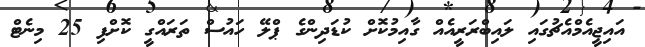
އައިޖީއެމްއެޗުގައި ލައިބްރަރީއެއް ގާއިމުކޮށް ކުޑަދިންގެ ޕްލޭ ހައުސް ތަރައްގީ ކޮށްފި 25 މިނެޓް